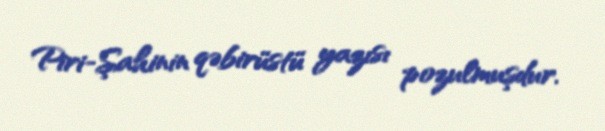
Piri-Şahinin qəbirüstü yazısı pozulmuşdur.